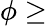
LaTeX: \phi\ge